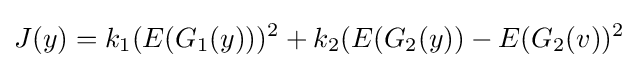
J(y)=k_{1}(E(G_{1}(y)))^{2}+k_{2}(E(G_{2}(y))-E(G_{2}(v))^{2}